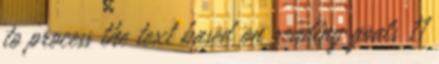
to process the text based on reading goals 11